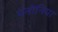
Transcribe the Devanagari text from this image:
पनोनिया